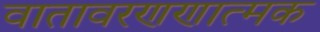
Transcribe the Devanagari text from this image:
वातावरणणात्मक